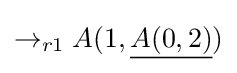
\rightarrow _{r1}A(1,{\underline {A(0,2)}})